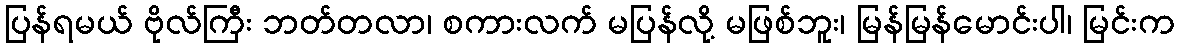
ပြန်ရမယ် ဗိုလ်ကြီး ဘတ်တလာ၊ စကားလက် မပြန်လို့ မဖြစ်ဘူး၊ မြန်မြန်မောင်းပါ၊ မြင်းက